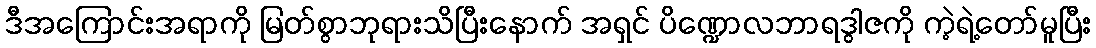
ဒီအကြောင်းအရာကို မြတ်စွာဘုရားသိပြီးနောက် အရှင် ပိဏ္ဍောလဘာရဒွါဇကို ကဲ့ရဲ့တော်မူပြီး